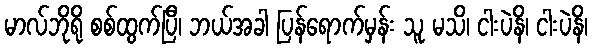
မာလ်ဘိုရို စစ်ထွက်ပြီ၊ ဘယ်အခါ ပြန်ရောက်မှန်း သူ မသိ၊ ငါးပဲနိ၊ ငါးပဲနိ၊